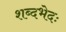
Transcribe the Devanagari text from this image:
शब्दभेदः